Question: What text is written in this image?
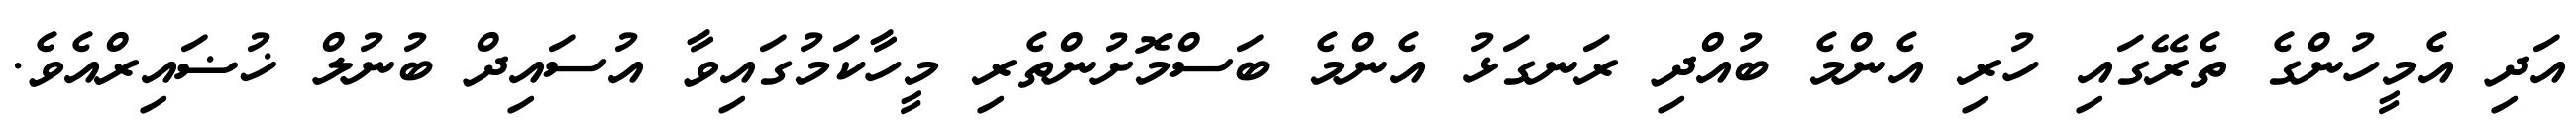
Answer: އަދި އެމީހުންގެ ތެރޭގައި ހުރި އެންމެ ބުއްދި ރަނގަޅު އެންމެ ބަސްމޮށުންތެރި މީހާކަމުގައިވާ އުސައިދް ބުނުލް ޚުޟައިރްއެވެ.